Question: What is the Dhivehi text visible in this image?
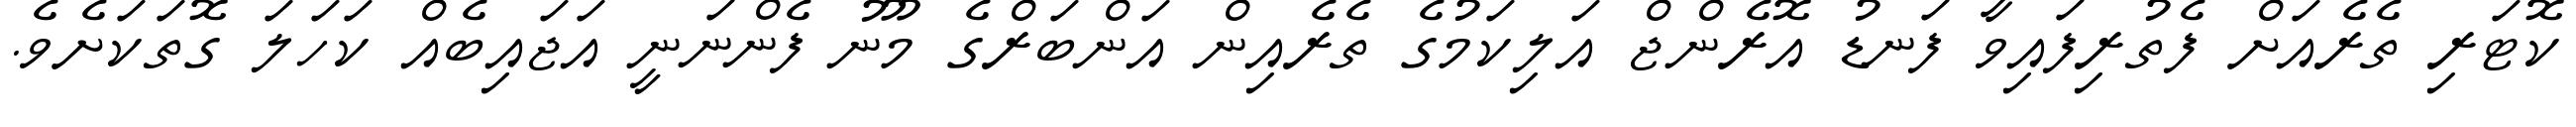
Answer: ކޮޓަރި ތެރެއަށް ފެތުރިފައިވާ ފަނޑު އޮރެންޖް އަލިކަމުގެ ތެރެއިން އަންބަރްގެ މޫނު ފެންނަނީ އަޖައިބެއް ކަހަލަ ގޮތަކަށެވެ.